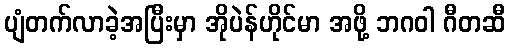
ပျံတက်လာခဲ့အပြီးမှာ အိုပဲန်ဟိုင်မာ အဖို့ ဘဂဝါ ဂီတဆီ